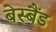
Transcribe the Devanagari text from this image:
बेस्बैंड